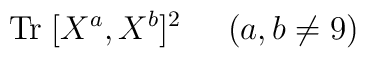
{\rm Tr}\;[X^a, X^b]^2 \;\;\;\;\; (a, b \neq 9)